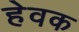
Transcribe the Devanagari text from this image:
हेवक